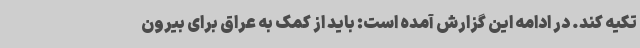
تکیه کند. در ادامه این گزارش آمده است: باید از کمک به عراق برای بیرون